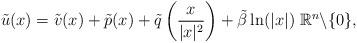
LaTeX: \begin{align*}\tilde{u}(x)=\tilde{v}(x)+\tilde{p}(x)+\tilde{q}\left(\frac{x}{|x|^2}\right)+\tilde{\beta }\ln(|x|) \; \mathbb{R}^n \backslash \{0\},\end{align*}